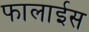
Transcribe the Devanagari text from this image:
फालाईस